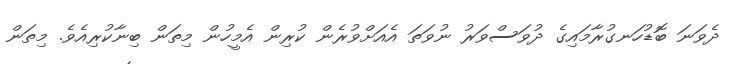
ދެވަނަ ބޮޑުހަނގުރާމައިގެ ދުވަސްވަރު ނުވަތަ އެއަށްވުރެން ކުރިން އެމީހުން މިތަން ބިނާކުރިއެވެ. މިތަން